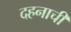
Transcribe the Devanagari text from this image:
दहनाची